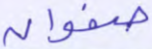
صفوان